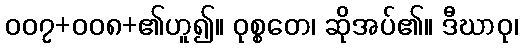
၀၀၇+၀၀၈+၏ဟူ၍။ ဝုစ္စတေ၊ ဆိုအပ်၏။ ဒီဃာဝု၊